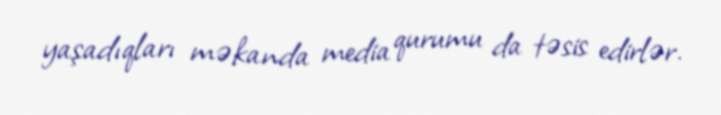
yaşadıqları məkanda media qurumu da təsis edirlər.